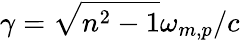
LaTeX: \gamma=\sqrt{n^{2}-1}\omega_{m,p}/c